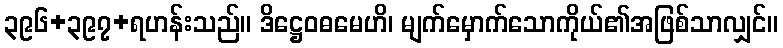
၃၉၆+၃၉၇+ရဟန်းသည်။ ဒိဋ္ဌေဝဓမေဟိ၊ မျက်မှောက်သောကိုယ်၏အဖြစ်သာလျှင်။